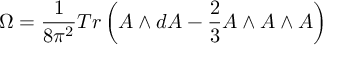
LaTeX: \Omega = \frac 1 { 8 \pi ^ { 2 } } T r \left( A \wedge d A - \frac 2 3 A \wedge A \wedge A \right)